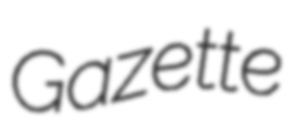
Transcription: Gazette